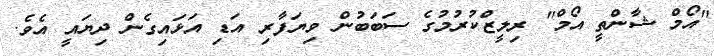
"އޯމް ޝާންތީ އޯމް" ރިލީޒްކުރުމުގެ ސަބަބުން ވިޔަފާރި އަޑި އަޅައިގެން ދިޔައީ އެވެ.